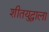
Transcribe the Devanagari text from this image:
शीतयुद्धाला